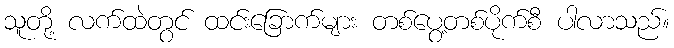
သူတို့ လက်ထဲတွင် ထင်းခြောက်များ တစ်ပွေ့တစ်ပိုက်စီ ပါလာသည်။